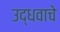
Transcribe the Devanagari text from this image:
उद्धवाचे